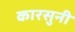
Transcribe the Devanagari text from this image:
कारसुनी